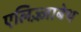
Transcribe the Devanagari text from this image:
एलिज़्ज़ाबेथ